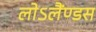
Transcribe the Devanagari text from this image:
लोऽलैंण्डस